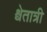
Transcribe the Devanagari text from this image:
श्वेतात्री